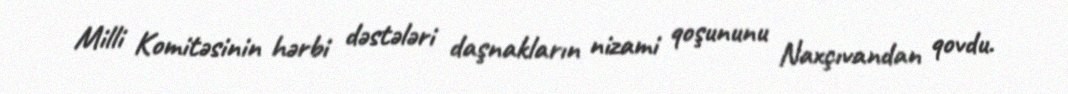
Milli Komitəsinin hərbi dəstələri daşnakların nizami qoşununu Naxçıvandan qovdu.